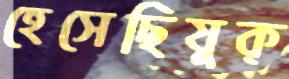
হেসেছিযুক্